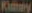
Kinary